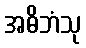
အဓိဘံသု